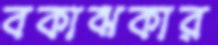
বকাঝকার